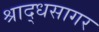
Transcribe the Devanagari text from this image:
श्राद्धसागर